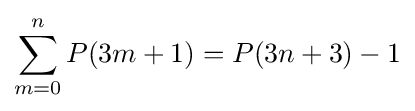
\sum _{m=0}^{n}P(3m+1)=P(3n+3)-1